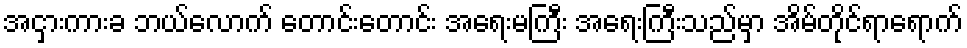
အငှားကားခ ဘယ်လောက် တောင်းတောင်း အရေးမကြီး အရေးကြီးသည်မှာ အိမ်တိုင်ရာရောက်